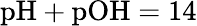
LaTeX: \mathrm{pH}+\mathrm{pOH}=14